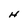
Character: H